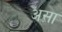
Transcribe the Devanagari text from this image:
अस़ा